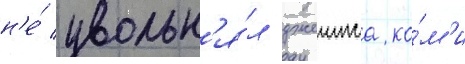
н'е́ увольн'я́л джеимса ко́м'и